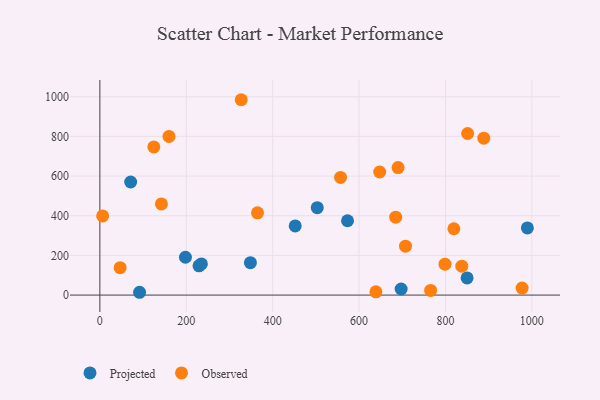
{"axis": {"x": "Experience", "y": "Demand"}, "legend": ["Observed", "Projected"], "data": [{"x": "573.3", "y": 374.9, "type": "Projected"}, {"x": "503.2", "y": 440.7, "type": "Projected"}, {"x": "348.5", "y": 163.3, "type": "Projected"}, {"x": "452.2", "y": 348.9, "type": "Projected"}, {"x": "198.1", "y": 190.9, "type": "Projected"}, {"x": "229.5", "y": 147.6, "type": "Projected"}, {"x": "850.0", "y": 86.4, "type": "Projected"}, {"x": "235.0", "y": 157.1, "type": "Projected"}, {"x": "989.6", "y": 338.5, "type": "Projected"}, {"x": "697.4", "y": 30.6, "type": "Projected"}, {"x": "91.9", "y": 14.2, "type": "Projected"}, {"x": "71.3", "y": 570.3, "type": "Projected"}, {"x": "888.7", "y": 791.3, "type": "Observed"}, {"x": "557.2", "y": 593.2, "type": "Observed"}, {"x": "819.5", "y": 334.4, "type": "Observed"}, {"x": "124.9", "y": 746.9, "type": "Observed"}, {"x": "47.0", "y": 138.3, "type": "Observed"}, {"x": "647.7", "y": 620.5, "type": "Observed"}, {"x": "837.8", "y": 145.7, "type": "Observed"}, {"x": "851.3", "y": 814.6, "type": "Observed"}, {"x": "977.4", "y": 35.2, "type": "Observed"}, {"x": "707.5", "y": 246.4, "type": "Observed"}, {"x": "798.9", "y": 155.8, "type": "Observed"}, {"x": "327.2", "y": 985.0, "type": "Observed"}, {"x": "160.1", "y": 799.9, "type": "Observed"}, {"x": "6.4", "y": 399.3, "type": "Observed"}, {"x": "639.0", "y": 16.6, "type": "Observed"}, {"x": "142.5", "y": 459.8, "type": "Observed"}, {"x": "765.6", "y": 23.5, "type": "Observed"}, {"x": "690.3", "y": 642.9, "type": "Observed"}, {"x": "364.9", "y": 414.7, "type": "Observed"}, {"x": "684.8", "y": 392.9, "type": "Observed"}]}